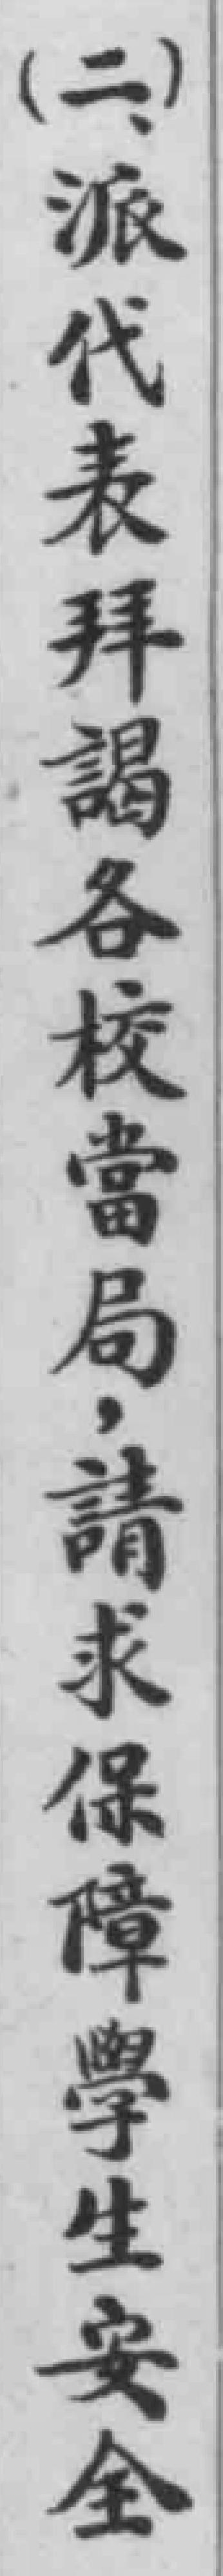
（二）派代表拜謁各校當局，請求保障學生安全